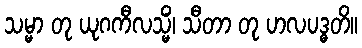
သမ္မာ တု ယုဂကီလသ္မိံ၊ သီတာ တု ဟလပဒ္ဓတိ။